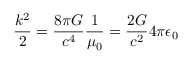
{ \frac { k ^ { 2 } } { 2 } } = { \frac { 8 \pi G } { c ^ { 4 } } } { \frac { 1 } { \mu _ { 0 } } } = { \frac { 2 G } { c ^ { 2 } } } { 4 \pi \epsilon _ { 0 } }